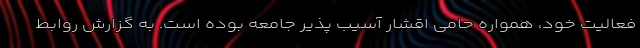
فعالیت خود، همواره حامی اقشار آسیب پذیر جامعه بوده است. به گزارش روابط